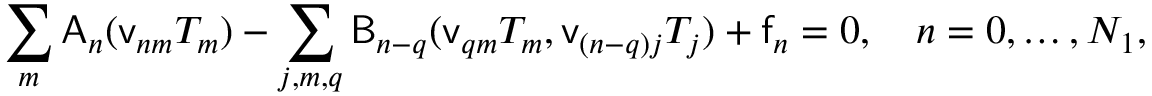
\sum _ { m } \mathsf { A } _ { n } ( \mathsf { v } _ { n m } T _ { m } ) - \sum _ { j , m , q } \mathsf { B } _ { n - q } ( \mathsf { v } _ { q m } T _ { m } , \mathsf { v } _ { ( n - q ) j } T _ { j } ) + \mathsf { f } _ { n } = 0 , \quad n = 0 , \ldots , N _ { 1 } ,